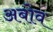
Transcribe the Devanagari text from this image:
अबोव